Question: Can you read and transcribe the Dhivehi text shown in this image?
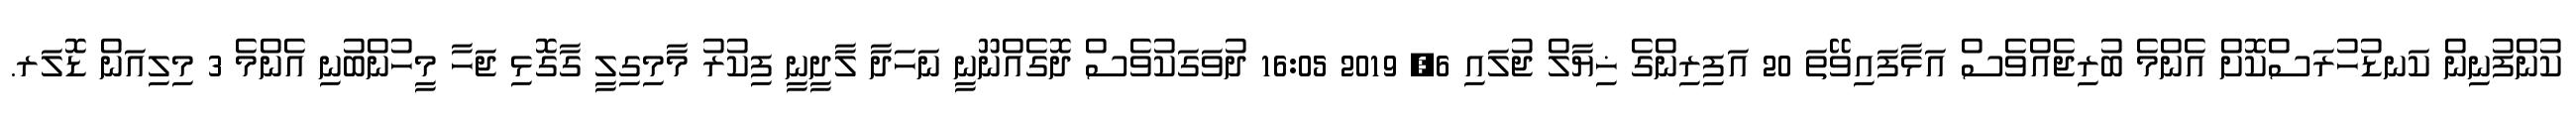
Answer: ކުންފުނިން ކަނޑުހުރަސްކޮށް އެންމެ ބުރިޖެއްވެސް އަޅާފައިވޭތަ 20 އަފިރިންގެ ޚިޔާލް ޖުލައި 6, 2019 16:05 ދުވަގަކުވެސް ދޮގެއްނޫނީ ނަހަދާ ލާދީނީ ފިކުރު މާމިގިލީ ގާގޮޅި ޖަހާ މީހުންބުނި އެންމެ 3 މިލިއަން ޑޮލަރ.